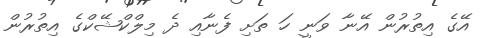
އޭގެ އިތުރުން އޭނާ ވަނީ ހަ ތަށި ފެނާއި ދެ މިލްކްޝޭކްގެ އިތުރުން